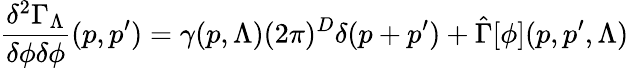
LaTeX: \frac{\delta^{2}\Gamma_{\Lambda}}{\delta\phi\delta\phi}(p,p^{\prime})=\gamma(p,\Lambda)(2\pi)^{D}\delta(p+p^{\prime})+\hat{\Gamma}[\phi](p,p^{\prime},\Lambda)